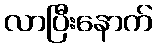
လာပြီးနောက်